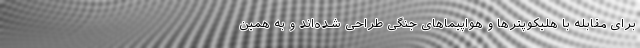
برای مقابله با هلیکوپترها و هواپیماهای جنگی طراحی شده‌اند و به همین